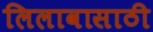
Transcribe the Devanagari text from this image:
लिलावासाठी